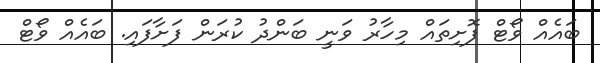
ބައެއް ވޯޓް ފޮށިތައް މިހާރު ވަނީ ބަންދު ކުރަން ފަށާފައި. ބައެއް ވޯޓް